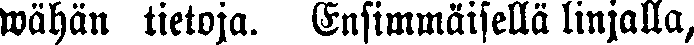
wähän tietoja. Ensimmäisellä linjalla,